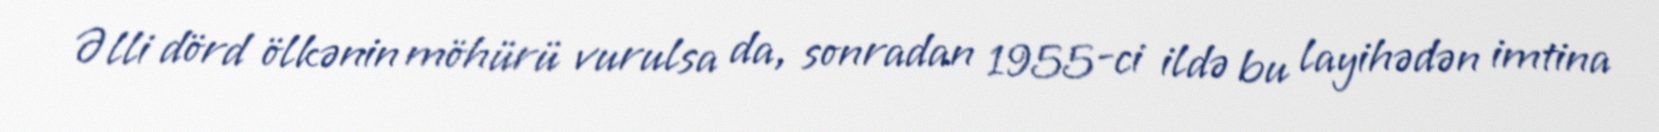
Əlli dörd ölkənin möhürü vurulsa da, sonradan 1955-ci ildə bu layihədən imtina